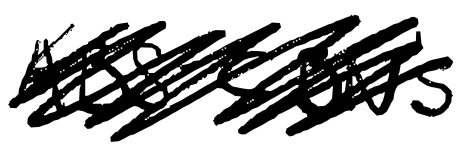
Text: ABS-CBN's
Cross-out: scratch
Writing tool: digital_black